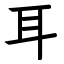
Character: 耳